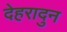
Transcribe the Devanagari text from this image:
देहरादुन